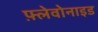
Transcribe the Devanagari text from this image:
फ़्लेवोनाइड